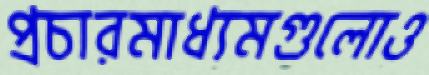
প্রচারমাধ্যমগুলোও